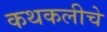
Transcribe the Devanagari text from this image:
कथकलीचे